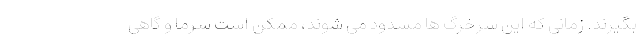
بگیرند. زمانی که این سرخرگ ها مسدود می شوند، ممکن است سرما و گاهی